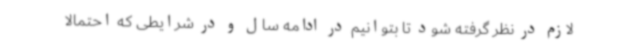
لازم در نظر گرفته شود تا بتوانیم در ادامه سال و در شرایطی که احتمالاً